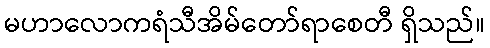
မဟာလောကရံသီအိမ်တော်ရာစေတီ ရှိသည်။